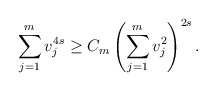
\begin{align*}\sum_{j=1}^mv_j^{4s}\ge C_m\left(\sum_{j=1}^mv_j^2\right)^{2s}.\end{align*}